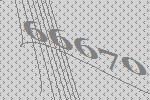
66670